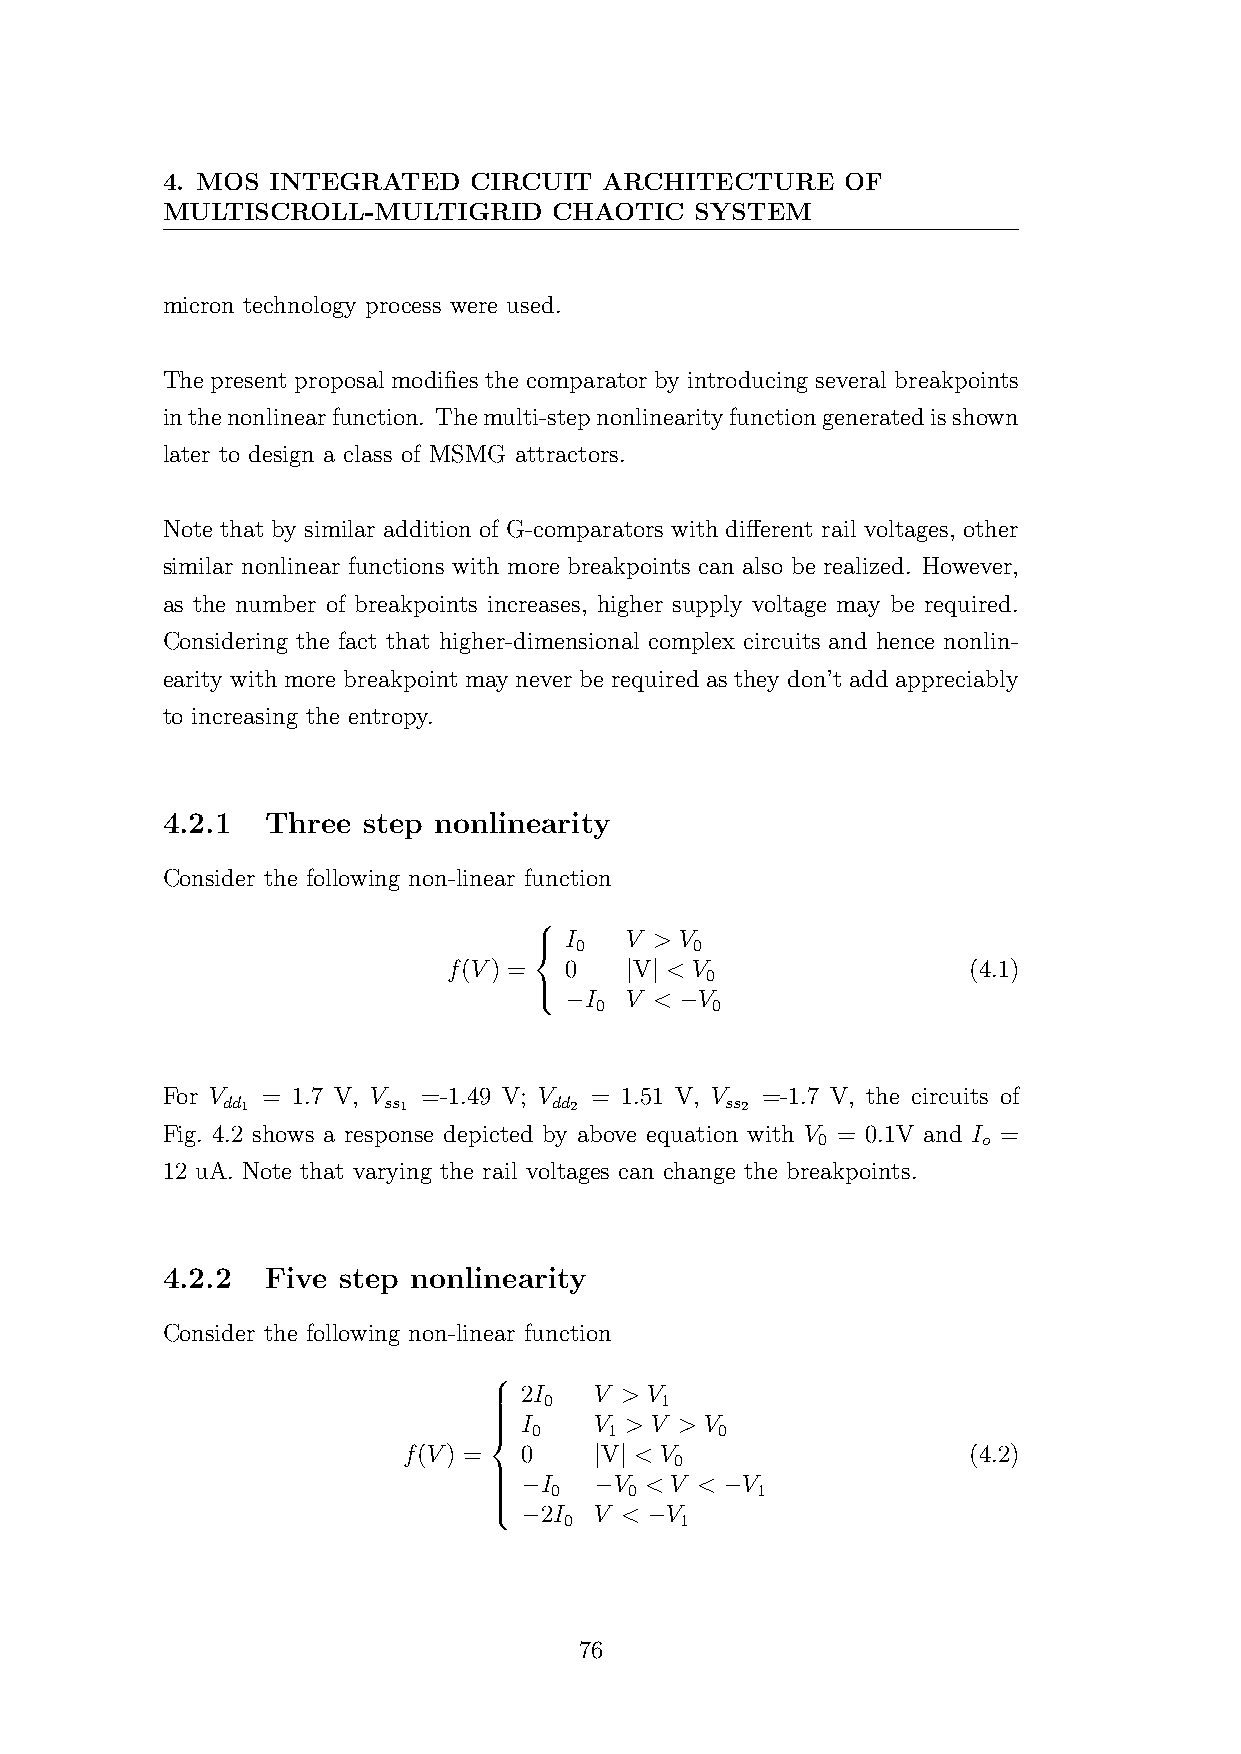
4. MOS INTEGRATED   CIRCUIT  ARCHITECTURE    OF
 MULTISCROLL-MULTIGRID     CHAOTIC  SYSTEM
 micron technology process were used.
 The present proposal modifies the comparator by introducing several breakpoints
 inthenonlinearfunction. Themulti-stepnonlinearityfunctiongeneratedisshown
 later to design a class of MSMG attractors.
 Note that by similar addition of G-comparators with different rail voltages, other
 similar nonlinear functions with more breakpoints can also be realized. However,
 as the number of breakpoints increases, higher supply voltage may be required.
 Considering the fact that higher-dimensional complex circuits and hence nonlin-
 earity with more breakpoint may never be required as they don’t add appreciably
 to increasing the entropy.
 4.2.1  Three step nonlinearity
 Consider the following non-linear function
 
 I   V > V
   0       0
 f(V) = 0   |V| < V                (4.1)
 0
  −I  V < −V
 0       0
 For V = 1.7 V, V =-1.49 V; V = 1.51 V, V =-1.7 V, the circuits of
 dd1       ss1         dd2        ss2
 Fig. 4.2 shows a response depicted by above equation with V = 0.1V and I =
 0          o
 12 uA. Note that varying the rail voltages can change the breakpoints.
 4.2.2  Five step nonlinearity
 Consider the following non-linear function
 
 2I   V > V
    0       1
 
    I 0 V 1 > V > V 0
 f(V) = 0    |V| < V                  (4.2)
 0
   −I −V  < V < −V
    0     0       1
 
  −2I  V < −V
 0       1
 76